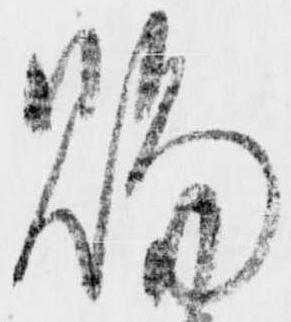
賜